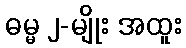
ဓမ္မ ၂-မျိုး အထူး